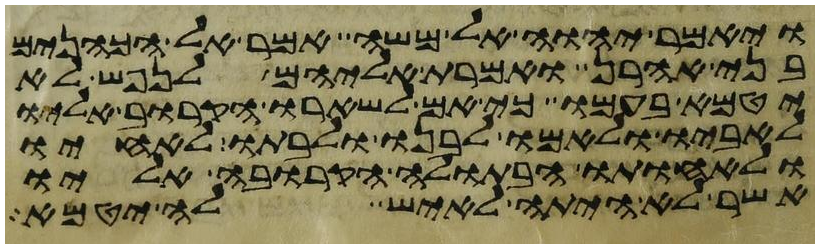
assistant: ויאמר יהוה אל משה אמר אל הכהנים
בני אהרן ואמרת אליהם לנפש לא
יטמא בעמו כי אם לשארו הקרוב אליו
לאביו ולאמו לבנו ולבתו לאחיו
ולאחותו הבתולה הקרובה אליו
אשר לא היתה לאיש לה יטמא